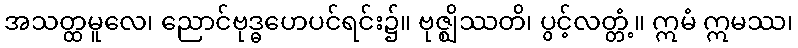
အသတ္ထမူလေ၊ ညောင်ဗုဒ္ဓဟေပင်ရင်း၌။ ဗုဇ္ဈိဿတိ၊ ပွင့်လတ္တံ့။ ဣမံ ဣမဿ၊